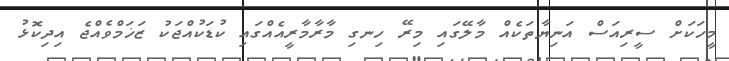
މީހަކަށް ސީރިއަސް އަނިޔާތަކެއް މާލޭގައި މިރޭ ހިނގި މާރާމާރީއެއްގައި ކުޑަކުއްޖަކު ޒަޚަމްވެއްޖެ އިދިކޮޅު